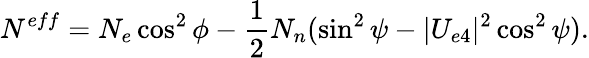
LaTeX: N^{eff}=N_{e}\cos^{2}\phi-{\frac{1}{2}}N_{n}(\sin^{2}\psi-|U_{e4}|^{2}\cos^{2}\psi).